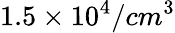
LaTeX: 1.5\times 10^{4}/cm^{3}